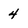
Character: 4